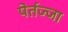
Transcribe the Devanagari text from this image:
पेर्तज्जा